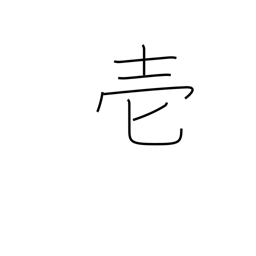
Meaning: one (in documents)